Scientific memoirs by medical officers of the Army of India - Part IV,
Year: 1889
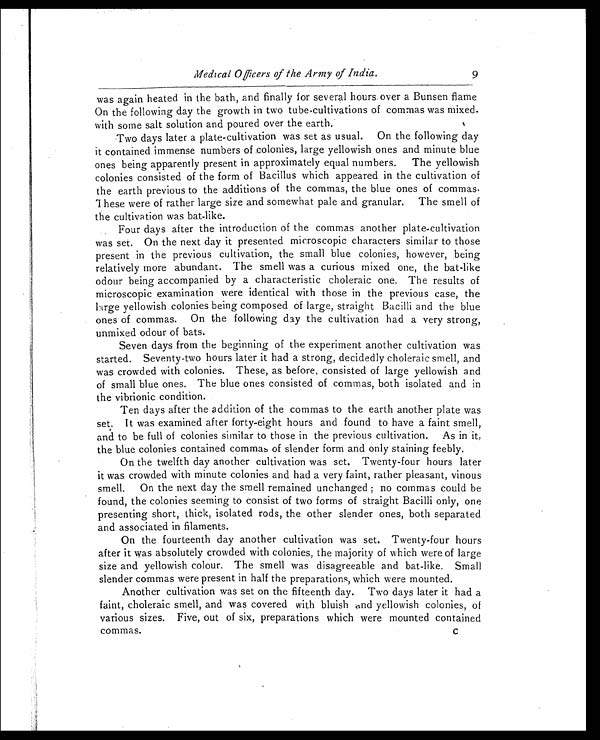
Medical Officers of the Army of India.
9
was again heated in the bath, and finally for several hours over a Bunsen flame
On the following day the growth in two tube-cultivations of commas was mixed.
with some salt solution and poured over the earth.
Two days later a plate-cultivation was set as usual. On the following day
it contained immense numbers of colonies, large yellowish ones and minute blue
ones being apparently present in approximately equal numbers. The yellowish
colonies consisted of the form of Bacillus which appeared in the cultivation of
the earth previous to the additions of the commas, the blue ones of commas.
These were of rather large size and somewhat pale and granular. The smell of
the cultivation was bat-like.
Four days after the introduction of the commas another plate-cultivation
was set. On the next day it presented microscopic characters similar to those
present in the previous cultivation, the small blue colonies, however, being
relatively more abundant. The smell was a curious mixed one, the bat-like
odour being accompanied by a characteristic choleraic one. The results of
microscopic examination were identical with those in the previous case, the
large yellowish colonies being composed of large, straight Bacilli and the blue
ones of commas. On the following day the cultivation had a very strong,
unmixed odour of bats.
Seven days from the beginning of the experiment another cultivation was
started. Seventy-two hours later it had a strong, decidedly choleraic smell, and
was crowded with colonies. These, as before, consisted of large yellowish and
of small blue ones. The blue ones consisted of commas, both isolated and in
the vibrionic condition.
Ten days after the addition of the commas to the earth another plate was
set. It was examined after forty-eight hours and found to have a faint smell,
and to be full of colonies similar to those in the previous cultivation. As in it,
the blue colonies contained commas of slender form and only staining feebly.
On the twelfth day another cultivation was set. Twenty-four hours later
it was crowded with minute colonies and had a very faint, rather pleasant, vinous
smell. On the next day the smell remained unchanged no commas could be
found, the colonies seeming to consist of two forms of straight Bacilli only, one
presenting short, thick, isolated rods, the other slender ones, both separated
and associated in filaments.
On the fourteenth day another cultivation was set. Twenty-four hours
after it was absolutely crowded with colonies, the majority of which were of large
size and yellowish colour. The smell was disagreeable and bat-like. Small
slender commas were present in half the preparations, which were mounted.
Another cultivation was set on the fifteenth day. Two days later it had a
faint, choleraic smell, and was covered with bluish and yellowish colonies, of
various sizes. Five, out of six, preparations which were mounted contained
commas.